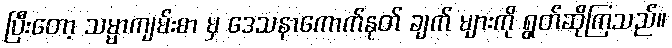
ပြီးတော့ သမ္မာကျမ်းစာ မှ ဒေသနာကောက်နုတ် ချက် များကို ရွတ်ဆိုကြသည်။